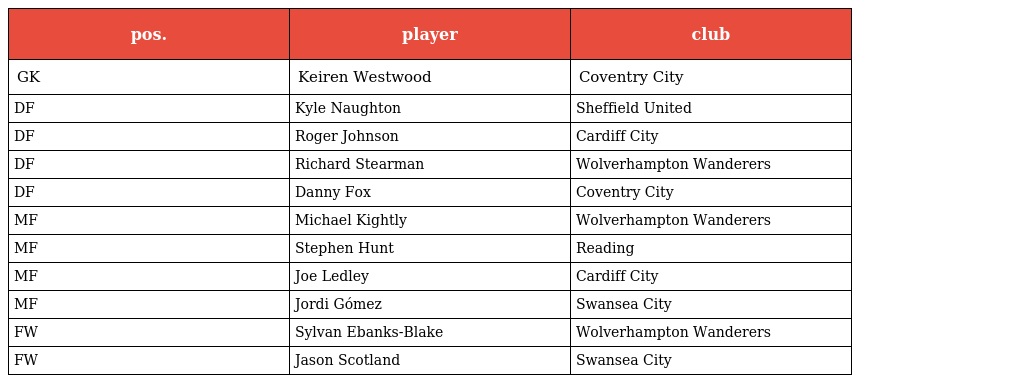
| pos. | player | club |
 | --- | --- | --- |
 | GK | Keiren Westwood | Coventry City |
 | DF | Kyle Naughton | Sheffield United |
 | DF | Roger Johnson | Cardiff City |
 | DF | Richard Stearman | Wolverhampton Wanderers |
 | DF | Danny Fox | Coventry City |
 | MF | Michael Kightly | Wolverhampton Wanderers |
 | MF | Stephen Hunt | Reading |
 | MF | Joe Ledley | Cardiff City |
 | MF | Jordi Gómez | Swansea City |
 | FW | Sylvan Ebanks-Blake | Wolverhampton Wanderers |
 | FW | Jason Scotland | Swansea City |